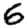
Digit: 6